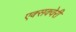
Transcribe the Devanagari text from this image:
एक्सक्वेरी